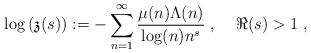
LaTeX: \begin{align*}\log\left(\mathfrak{z}(s)\right):=-\sum_{n=1}^\infty\frac{\mu(n)\Lambda(n)}{\log(n)n^{s}}\;,\;\;\;\;\Re(s)>1\;,\end{align*}